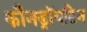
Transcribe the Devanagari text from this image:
कौनड्रॉयटिन